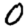
Digit: 0